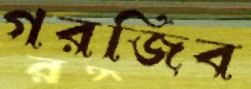
গরজিব